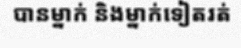
បានម្នាក់ និងម្នាក់ទៀតរត់